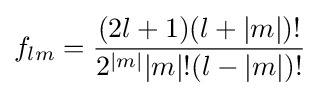
f_{lm}={\frac {(2l+1)(l+|m|){!}}{2^{|m|}|m|{!}(l-|m|){!}}}